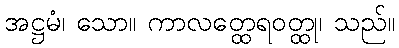
အဋ္ဌမံ၊ သော။ ကာလတ္ထေရဝတ္ထု၊ သည်။